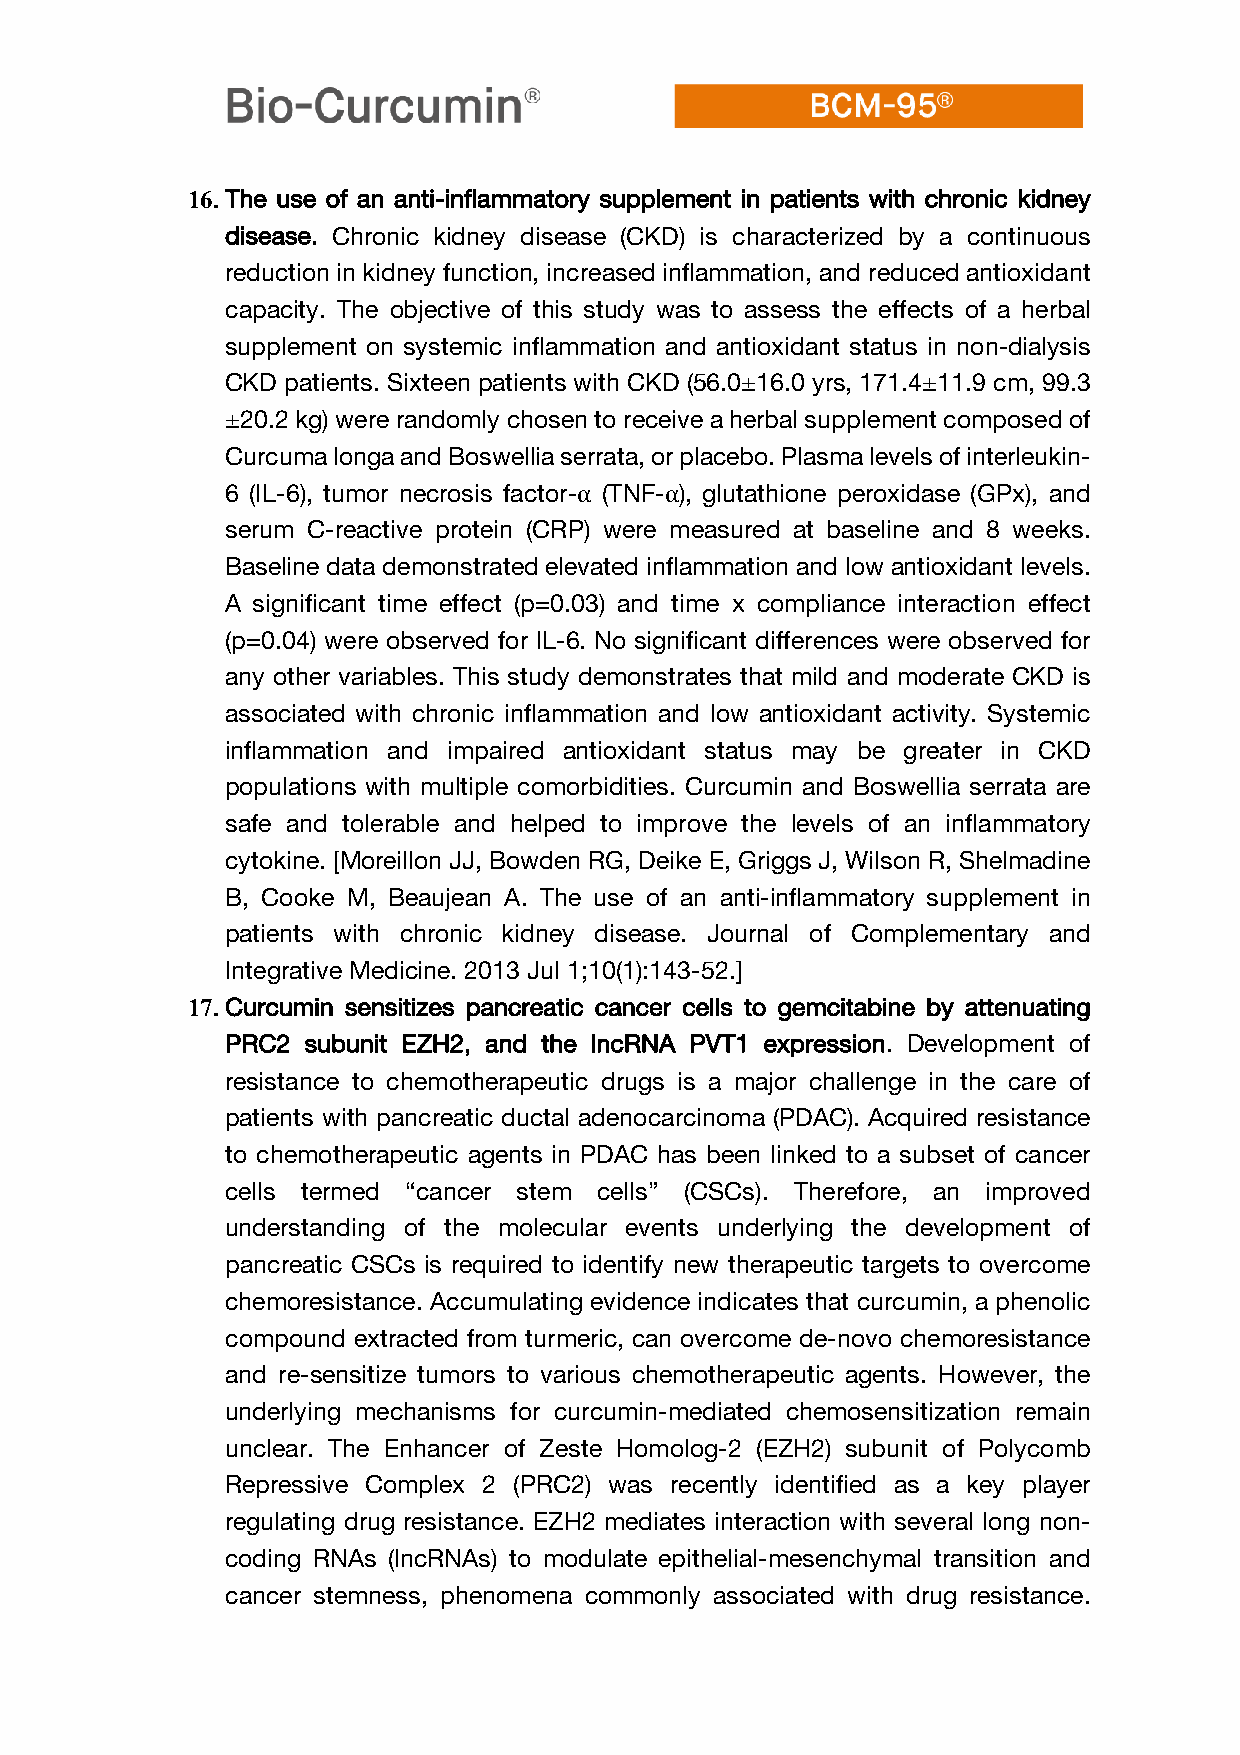
16. The use of an anti-inflammatory supplement in patients with chronic kidney
 disease. Chronic kidney disease (CKD) is characterized by a continuous
 reduction in kidney function, increased inflammation, and reduced antioxidant
 capacity. The objective of this study was to assess the effects of a herbal
 supplement on systemic inflammation and antioxidant status in non-dialysis
 CKD patients. Sixteen patients with CKD (56.0±16.0 yrs, 171.4±11.9 cm, 99.3
 ±20.2 kg) were randomly chosen to receive a herbal supplement composed of
 Curcuma longa and Boswellia serrata, or placebo. Plasma levels of interleukin-
 6 (IL-6), tumor necrosis factor-α (TNF-α), glutathione peroxidase (GPx), and
 serum C-reactive protein (CRP) were measured at baseline and 8 weeks.
 Baseline data demonstrated elevated inflammation and low antioxidant levels.
 A significant time effect (p=0.03) and time x compliance interaction effect
 (p=0.04) were observed for IL-6. No significant differences were observed for
 any other variables. This study demonstrates that mild and moderate CKD is
 associated with chronic inflammation and low antioxidant activity. Systemic
 inflammation and impaired antioxidant status may be greater in CKD
 populations with multiple comorbidities. Curcumin and Boswellia serrata are
 safe and tolerable and helped to improve the levels of an inflammatory
 cytokine. [Moreillon JJ, Bowden RG, Deike E, Griggs J, Wilson R, Shelmadine
 B, Cooke M, Beaujean A. The use of an anti-inflammatory supplement in
 patients with chronic kidney disease. Journal of Complementary and
 Integrative Medicine. 2013 Jul 1;10(1):143-52.]
 17. Curcumin sensitizes pancreatic cancer cells to gemcitabine by attenuating
 PRC2 subunit EZH2, and the lncRNA PVT1 expression. Development of
 resistance to chemotherapeutic drugs is a major challenge in the care of
 patients with pancreatic ductal adenocarcinoma (PDAC). Acquired resistance
 to chemotherapeutic agents in PDAC has been linked to a subset of cancer
 cells termed “cancer stem cells” (CSCs). Therefore, an improved
 understanding of the molecular events underlying the development of
 pancreatic CSCs is required to identify new therapeutic targets to overcome
 chemoresistance. Accumulating evidence indicates that curcumin, a phenolic
 compound extracted from turmeric, can overcome de-novo chemoresistance
 and re-sensitize tumors to various chemotherapeutic agents. However, the
 underlying mechanisms for curcumin-mediated chemosensitization remain
 unclear. The Enhancer of Zeste Homolog-2 (EZH2) subunit of Polycomb
 Repressive Complex 2 (PRC2) was recently identified as a key player
 regulating drug resistance. EZH2 mediates interaction with several long non-
 coding RNAs (lncRNAs) to modulate epithelial-mesenchymal transition and
 cancer stemness, phenomena commonly associated with drug resistance.